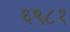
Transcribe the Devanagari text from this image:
६९८१